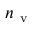
n _ { \mathrm { ~ v ~ } }